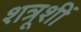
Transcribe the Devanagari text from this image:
शत्रूशीं